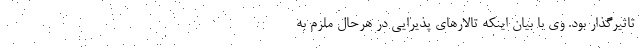
تاثیرگذار بود. وی با بیان اینکه تالار‌های پذیرایی در هرحال ملزم به